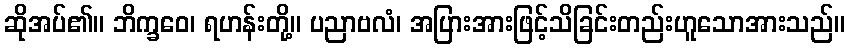
ဆိုအပ်၏။ ဘိက္ခဝေ၊ ရဟန်းတို့။ ပညာဗလံ၊ အပြားအားဖြင့်သိခြင်းတည်းဟူသောအားသည်။